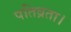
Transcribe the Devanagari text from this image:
पतिव्रता।